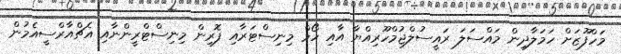
މަހްފޫޒަށް ހަމަލާދިން މައްސަލަ ރައީސުލްޖުމްހޫރިއްޔާ އާއި ހޯމް މިނިސްޓަރާއި ފޮރިން މިނިސްޓްރީންނާއި އެޗްއާރްސީއެމުން